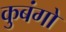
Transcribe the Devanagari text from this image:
कुबंगो